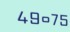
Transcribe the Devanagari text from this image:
४९॰७५